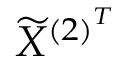
\widetilde { X } ^ { { ( 2 ) } ^ { T } }